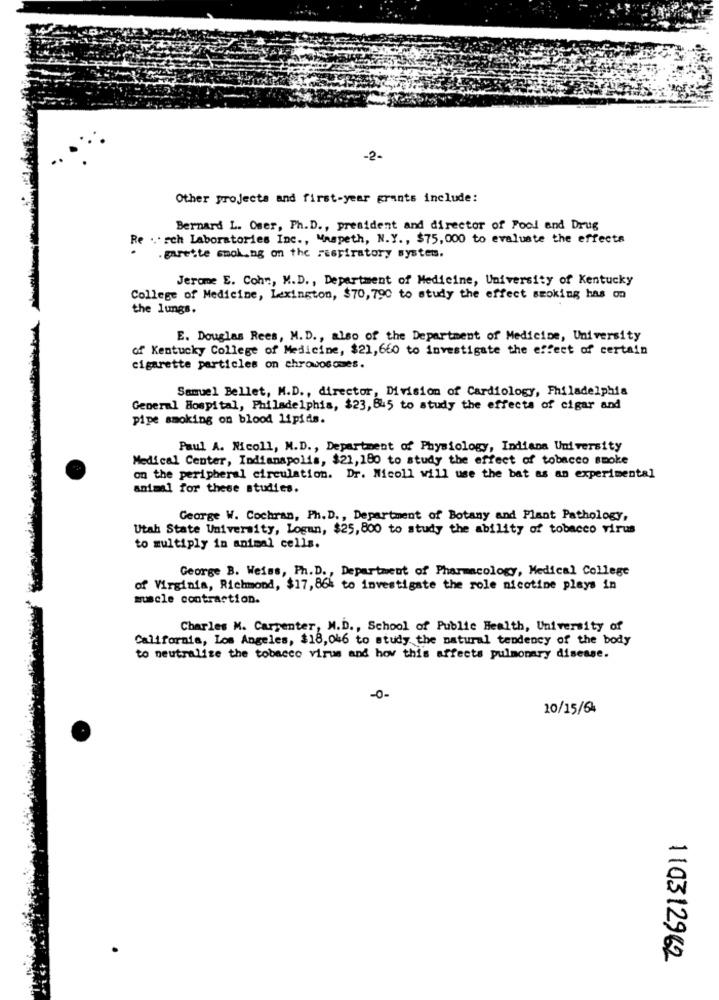
-2-
Other projects and first-year grants include:
Bernard L. Oser, Ph. D ., president and director of Food and Drug
Re ... rch Laboratories Inc ., Maspeth, N.Y ., $75,000 to evaluate the effects
. garette smoking on the respiratory system.
Jerome E. Cohr ., M.D ., Department of Medicine, University of Kentucky
College of Medicine, Lexington, $70, 790 to study the effect smoking has on
the lungs.
E. Douglas Rees, M. D ., also of the Department of Medicine, University
of Kentucky College of Medicine, $21, 660 to investigate the effect of certain
cigarette particles on chromosomes.
Samuel Bellet, M.D ., director, Division of Cardiology, Philadelphia
General Hospital, Philadelphia, $23, 845 to study the effects of cigar and
pipe smoking on blood lipids.
Paul A. Nicoll, M.D ., Department of Physiology, Indiana University
Medical Center, Indianapolis, $21, 180 to study the effect of tobacco smoke
on the peripheral circulation. Dr. Nicoll will use the bat as an experimental
animal for these studies.
George W. Cochran, Ph. D ., Department of Botany and Plant Pathology,
Utah State University, Logan, $25, 800 to study the ability of tobacco virus
to multiply in animal cells.
George B. Weiss, Ph. D ., Department of Pharmacology, Medical College
of Virginia, Richmond, $17, 864 to investigate the role nicotine plays in
muscle contraction.
Charles M. Carpenter, M.D ., School of Public Health, University of
California, Los Angeles, $18,046 to study the natural tendency of the body
to neutralize the tobacco virus and hov this affects pulmonary disease.
-0-
10/15/64
110312962